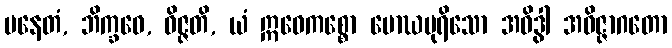
ပနေတံ, ဘိက္ခဝေ, ဝိဇ္ဇတိ, ယံ ဣဓေကစ္စော မောဃပုရိသော အဝိဒွါ အဝိဇ္ဇာဂတော